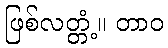
ဖြစ်လတ္တံ့။ တာဝ